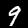
Digit: 9